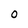
Character: O